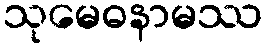
သုမေဓနာမဿ